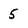
Character: 5